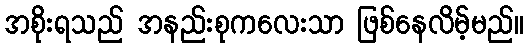
အစိုးရသည် အနည်းစုကလေးသာ ဖြစ်နေလိမ့်မည်။